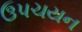
ઉપચયન